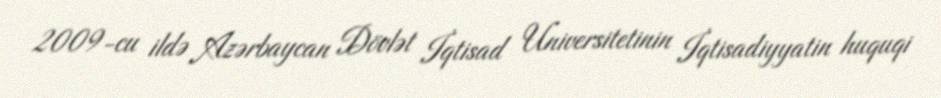
2009-cu ildə Azərbaycan Dövlət İqtisad Universitetinin İqtisadiyyatin huquqi